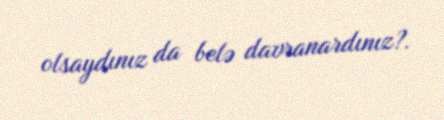
olsaydınız da belə davranardınız?.